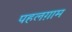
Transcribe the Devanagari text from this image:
पहलग़ाम